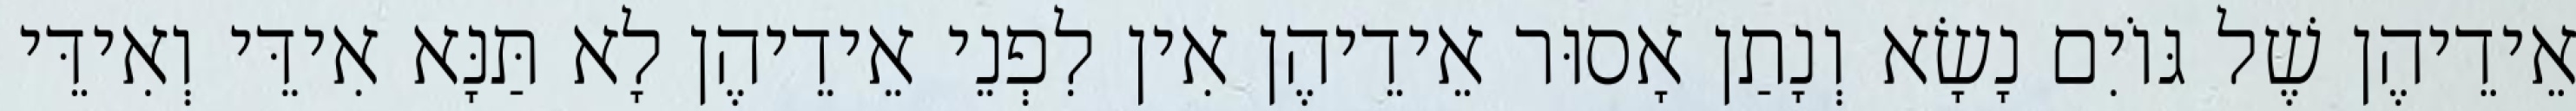
אֵידֵיהֶן שֶׁל גּוֹיִם נָשָׂא וְנָתַן אָסוּר אֵידֵיהֶן אִין לִפְנֵי אֵידֵיהֶן לָא תַּנָּא אִידֵּי וְאִידֵּי